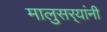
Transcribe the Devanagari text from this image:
मालुसर्‍यांनी